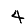
Digit: 4